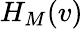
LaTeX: H_{M}(v)